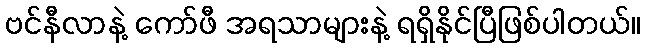
ဗင်နီလာနဲ့ ကော်ဖီ အရသာများနဲ့ ရရှိနိုင်ပြီဖြစ်ပါတယ်။